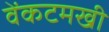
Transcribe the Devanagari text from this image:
वेंकटमखी